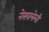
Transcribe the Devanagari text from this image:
नेसवलेली